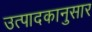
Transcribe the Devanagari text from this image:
उत्पादकानुसार